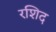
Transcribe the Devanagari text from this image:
रशिद